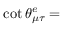
\cot \theta _ { \mu \tau } ^ { e } =